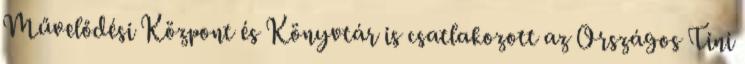
Művelődési Központ és Könyvtár is csatlakozott az Országos Tini